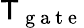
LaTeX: \mathsf{T}_{\mathrm{{~g~a~t~e~}}}